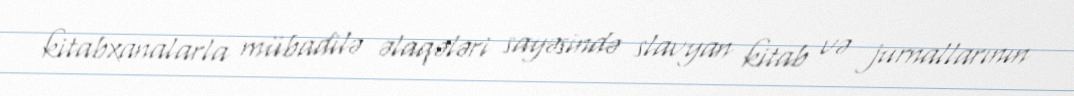
kitabxanalarla mübadilə əlaqələri sayəsində slavyan kitab və jurnallarının